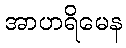
အာဟရိမေန